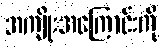
အကျိုးအကြောင်းကို